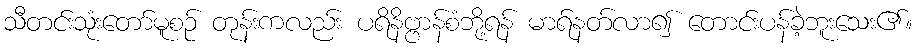
သီတင်းသုံးတော်မူစဉ် တုန်းကလည်း ပရိနိဗ္ဗာန်စံဘို့ရန် မာရ်နတ်လာ၍ တောင်းပန်ခဲ့ဘူးသေး၏။